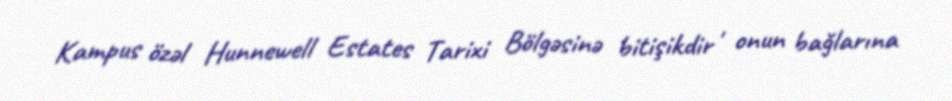
Kampus özəl Hunnewell Estates Tarixi Bölgəsinə bitişikdir , onun bağlarına